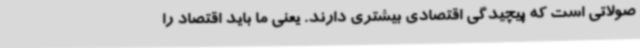
صولاتی است که پیچیدگی اقتصادی بیشتری دارند. یعنی ما باید اقتصاد را